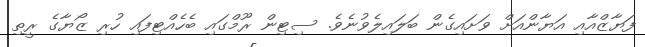
ފަޔާޒްއާއި އަޔާންއަށް ވަށައިގެން ބަލައިލެވުނެވެ. ސިޓިން ރޫމްގައި ބެހެއްޓިފައި ހުރި ޒޯޔާގެ ރީތި